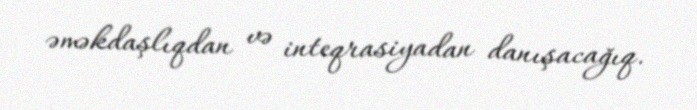
əməkdaşlıqdan və inteqrasiyadan danışacağıq.